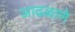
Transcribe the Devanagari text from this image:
आढळाणे